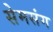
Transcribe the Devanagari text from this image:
सेमसंग